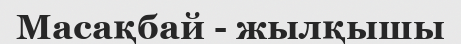
Масақбай - жылқышы